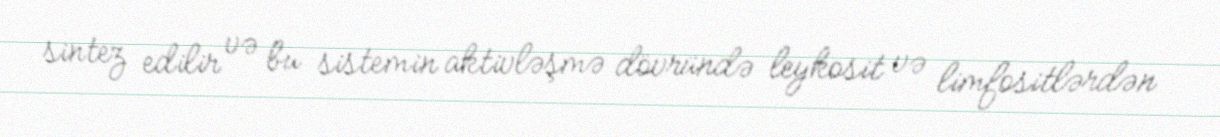
sintez edilir və bu sistemin aktivləşmə dövründə leykosit və limfositlərdən